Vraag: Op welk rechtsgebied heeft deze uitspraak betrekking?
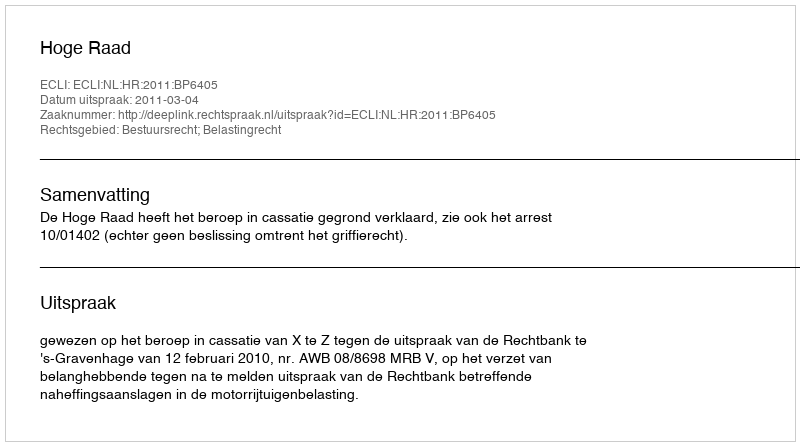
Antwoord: Bestuursrecht; Belastingrecht